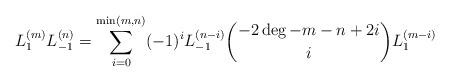
LaTeX: \begin{align*} L_{1}^{(m)}L_{-1}^{(n)}&=\sum_{i=0}^{\min(m,n)}(-1)^iL_{-1}^{(n-i)}\binom{-2\deg-m-n+2i}{i}L_{1}^{(m-i)}\end{align*}